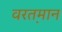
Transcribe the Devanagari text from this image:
वरत़़मान